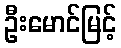
ဦးမောင်မြင့်